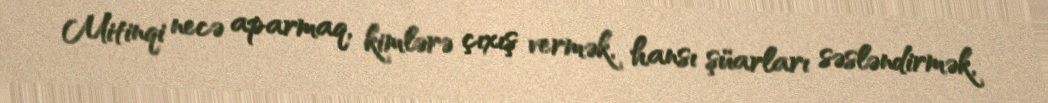
Mitinqi necə aparmaq, kimlərə çıxış vermək, hansı şüarları səsləndirmək,